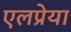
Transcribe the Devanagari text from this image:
एलप्रेया